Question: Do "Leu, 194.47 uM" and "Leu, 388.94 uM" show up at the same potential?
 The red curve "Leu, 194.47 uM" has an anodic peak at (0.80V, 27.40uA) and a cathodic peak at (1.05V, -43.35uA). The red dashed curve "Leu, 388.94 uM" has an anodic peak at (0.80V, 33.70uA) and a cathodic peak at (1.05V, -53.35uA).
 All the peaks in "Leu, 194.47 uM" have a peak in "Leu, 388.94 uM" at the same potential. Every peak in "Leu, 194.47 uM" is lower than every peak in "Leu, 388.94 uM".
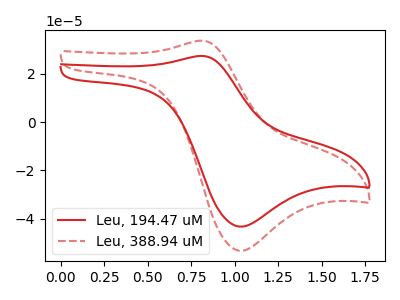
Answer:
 <answer>"Leu, 194.47 uM" and "Leu, 388.94 uM" are similar in shape.</answer>
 <eval>same_shape</eval>